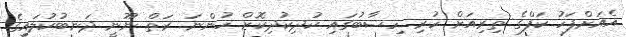
އެއަށްފަހު ކަފްގެ ތިރިއަށް ހުރި ހިސާބުގައި ކުދިކުދިކޮށް ހުންނަ ރަތް ނޫނީ ދަނބުކުލައިގެ